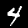
Label: 4